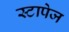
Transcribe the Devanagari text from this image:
स्टापेज